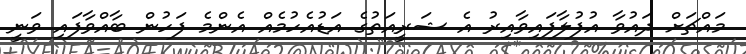
މައްޗަށް ދައުވާ އުފުލާފައިވާއިރު އެ ޝަރީއަތުގެ އަޑުއެހުމެއް އެންމެ ފަހުން ބާއްވާފައި ވަނީ